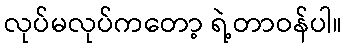
လုပ်မလုပ်ကတော့ ရဲ့တာဝန်ပါ။